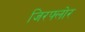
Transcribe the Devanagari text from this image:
जिरफ्लोर